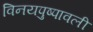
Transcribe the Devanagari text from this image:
विनयपुष्पावली